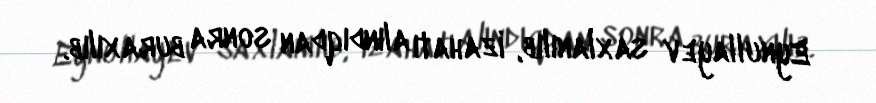
Eynullayev saxlanılıb, izahatı alındıqdan sonra buraxılıb.